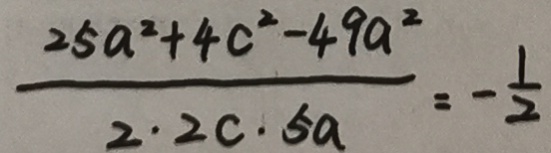
\frac { 2 5 a ^ { 2 } + 4 c ^ { 2 } - 4 9 a ^ { 2 } } { 2 \cdot 2 c \cdot 5 a } = - \frac { 1 } { 2 }